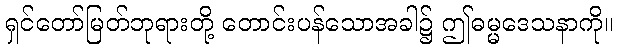
ရှင်တော်မြတ်ဘုရားတို့ တောင်းပန်သောအခါ၌ ဤဓမ္မဒေသနာကို။